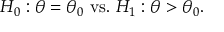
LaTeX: H _ { 0 } : \theta = \theta _ { 0 } { \mathrm { ~ v s . ~ } } H _ { 1 } : \theta > \theta _ { 0 } .